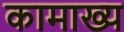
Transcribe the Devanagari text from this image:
कामाख्य